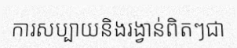
ការសប្បាយនិងរង្វាន់ពិតៗជា